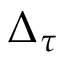
\Delta _ { \tau }